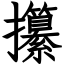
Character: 攥